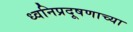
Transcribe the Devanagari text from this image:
ध्वनिप्रदूषणाच्या